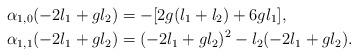
LaTeX: \begin{align*}& \alpha_{1,0}(-2l_1 + gl_2) = -[2g(l_1 + l_2) + 6gl_1], \\& \alpha_{1,1}(-2l_1 + gl_2) = (-2l_1 + gl_2)^2 - l_2(-2l_1 + gl_2).\end{align*}